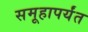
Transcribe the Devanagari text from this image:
समूहापर्यंत